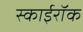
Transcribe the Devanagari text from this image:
स्काईरॉक